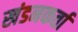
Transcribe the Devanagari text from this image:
खंडनकर्ता